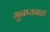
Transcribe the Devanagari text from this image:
मुनष्यबळ